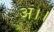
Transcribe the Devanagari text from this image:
अ।।